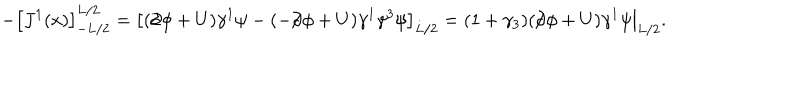
- \left[ J ^ { 1 } ( x ) \right] _ { - L / 2 } ^ { L / 2 } = \left[ ( / \hspace { - 0 . 5 e m } \partial \phi + U ) \gamma ^ { 1 } \psi - ( - / \hspace { - 0 . 5 e m } \partial \phi + U ) \gamma ^ { 1 } \gamma ^ { 3 } \psi \right] _ { L / 2 } = \left. ( 1 + \gamma _ { 3 } ) ( / \hspace { - 0 . 5 e m } \partial \phi + U ) \gamma ^ { 1 } \psi \right| _ { L / 2 } .